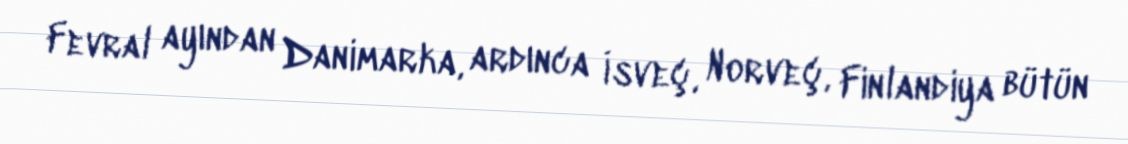
Fevral ayından Danimarka, ardınca İsveç, Norveç, Finlandiya bütün